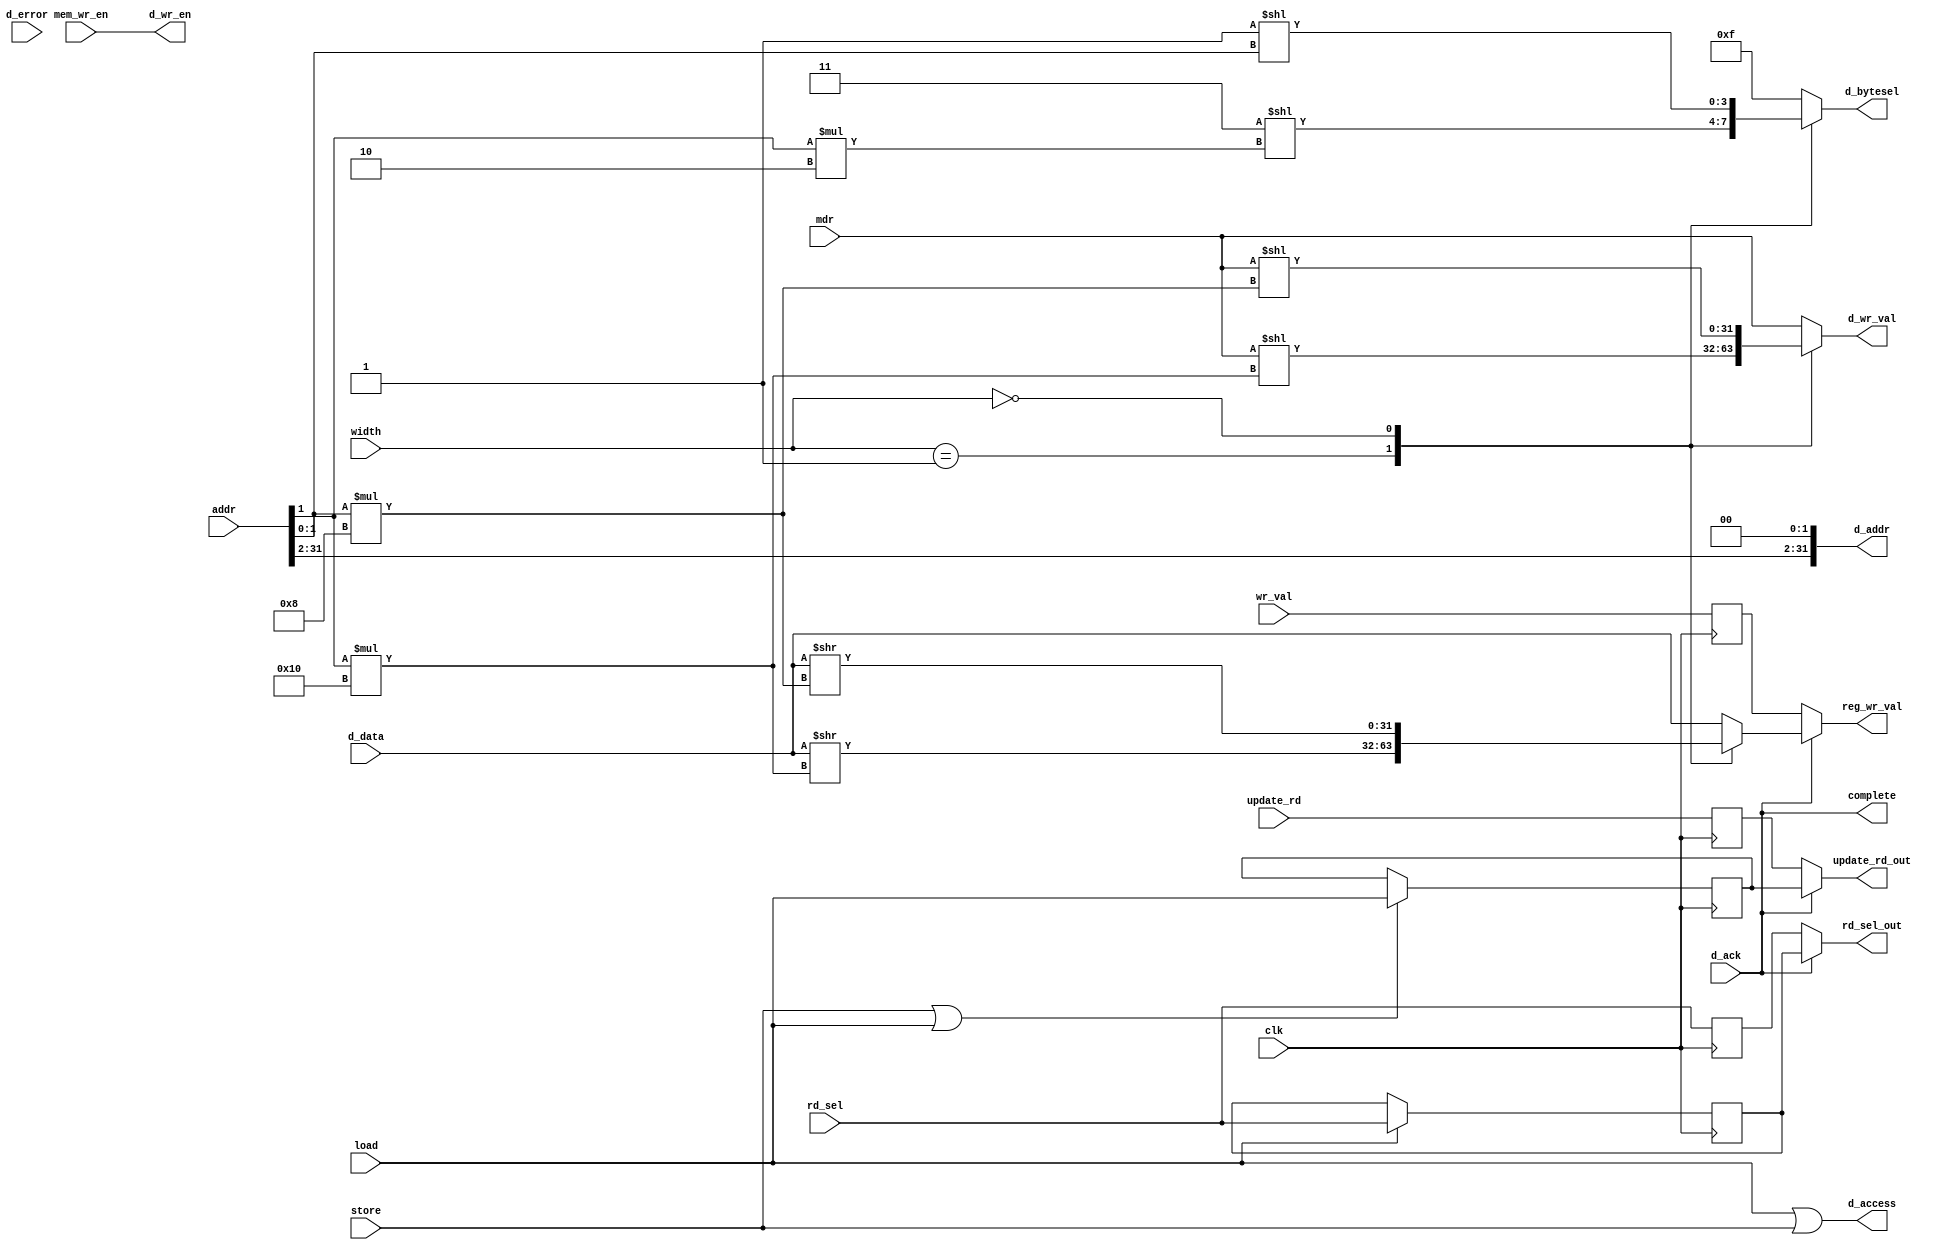
module oldland_memory(input wire clk,
		      input wire load,
		      input wire store,
		      input wire [31:0] addr,
		      input wire [31:0] mdr,
		      input wire mem_wr_en,
		      input wire [1:0] width,
		      input wire [31:0] wr_val,
		      input wire update_rd,
		      input wire [2:0] rd_sel,
		      output wire [31:0] reg_wr_val,
		      output wire update_rd_out,
		      output wire [2:0] rd_sel_out,
		      output wire complete,
		      /* Signals to data bus */
		      output wire [31:0] d_addr,
		      output reg [3:0] d_bytesel,
		      output wire d_wr_en,
		      output reg [31:0] d_wr_val,
		      input wire [31:0] d_data,
		      output wire d_access,
		      input wire d_ack,
		      input wire d_error);

reg [31:0] wr_val_bypass;
reg update_rd_bypass = 1'b0;
reg [31:0] mem_rd_val;

assign d_addr = {addr[31:2], 2'b00};
assign d_wr_en = mem_wr_en;
assign d_access = load | store;

reg [2:0] rd_sel_out_bypass = 3'b0;
reg [2:0] mem_rd = 3'b0;
reg mem_update_rd = 1'b0;

assign reg_wr_val = complete ? mem_rd_val : wr_val_bypass;
assign complete = d_ack;
assign update_rd_out = complete ? mem_update_rd : update_rd_bypass;
assign rd_sel_out = complete ? mem_rd : rd_sel_out_bypass;

initial begin
	wr_val_bypass = 32'b0;
	d_bytesel = 4'b0;
	d_wr_val = 32'b0;
	mem_rd_val = 32'b0;
end

always @(posedge clk) begin
	update_rd_bypass <= update_rd;
	wr_val_bypass <= wr_val;
	rd_sel_out_bypass <= rd_sel;

	if (load)
		mem_rd <= rd_sel;
	if (store || load)
		mem_update_rd <= load;
end

/* Byte enables and rotated data write value. */
always @(*) begin
	case (width)
	2'b10: begin
		d_bytesel = 4'b1111;
		d_wr_val = mdr;
		mem_rd_val = d_data;
	end
	2'b01: begin
		d_bytesel = 4'b0011 << (addr[1] * 2);
		d_wr_val = mdr << (addr[1] * 16);
		mem_rd_val = d_data >> (addr[1] * 16);
	end
	2'b00: begin
		d_bytesel = 4'b0001 << addr[1:0];
		d_wr_val = mdr << (addr[1:0] * 8);
		mem_rd_val = d_data >> (addr[1:0] * 8);
	end
	default: begin
		d_bytesel = 4'b1111;
		d_wr_val = mdr;
		mem_rd_val = d_data;
	end
	endcase
end

endmodule